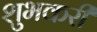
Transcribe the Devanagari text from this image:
शुभकरी